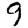
Digit: 9